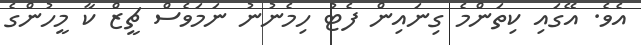
އެވެ. އޭގައި ކިތަންމެ ގިނައިން ފެޓު ހިމެނުނު ނަމަވެސް ޗީޒް ކާ މީހުންގެ